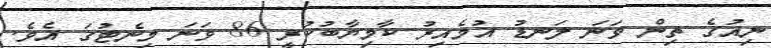
ނިއުގެ ތިން ވަނަ ލަނޑު އުމެއިރު ކާމިޔާބުކުރީ 86 ވަނަ މިނެޓުގަ އެވެ.